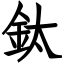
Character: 鈦